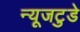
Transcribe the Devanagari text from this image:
न्यूजटुडे